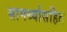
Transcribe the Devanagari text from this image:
सामर्थ्यासहित